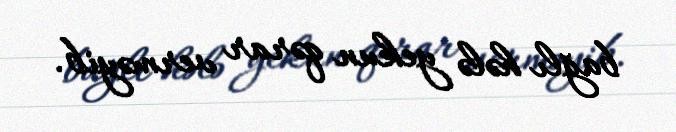
bağlı hələ yekun qərar verməyib.